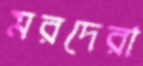
মরদেরা